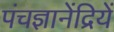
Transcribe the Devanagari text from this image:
पंचज्ञानेंद्रियें